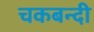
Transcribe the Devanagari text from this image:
चकबन्दी